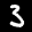
Label: 3